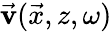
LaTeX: \vec{\mathbf{v}}(\vec{x},z,\omega)